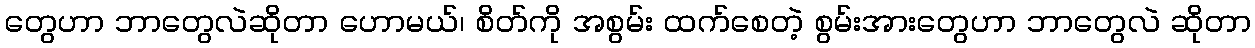
တွေဟာ ဘာတွေလဲဆိုတာ ဟောမယ်၊ စိတ်ကို အစွမ်း ထက်စေတဲ့ စွမ်းအားတွေဟာ ဘာတွေလဲ ဆိုတာ